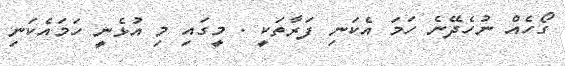
ގޯހެއް ނުހެދޭނެ ހަމަ އެކަނި ފަރާތަކީ . މީގައި މި އުޅެނީ ހަމައެކަނި